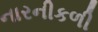
નારનીકળી